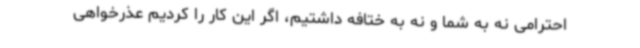
احترامی نه به شما و نه به ختافه داشتیم، اگر این کار را کردیم عذرخواهی